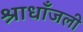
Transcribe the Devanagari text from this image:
श्राधाँजली